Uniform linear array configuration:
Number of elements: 32
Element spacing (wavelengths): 0.25
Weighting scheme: blackman
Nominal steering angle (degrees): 0
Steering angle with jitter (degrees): -1.552
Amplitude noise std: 0.05
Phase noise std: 0.05

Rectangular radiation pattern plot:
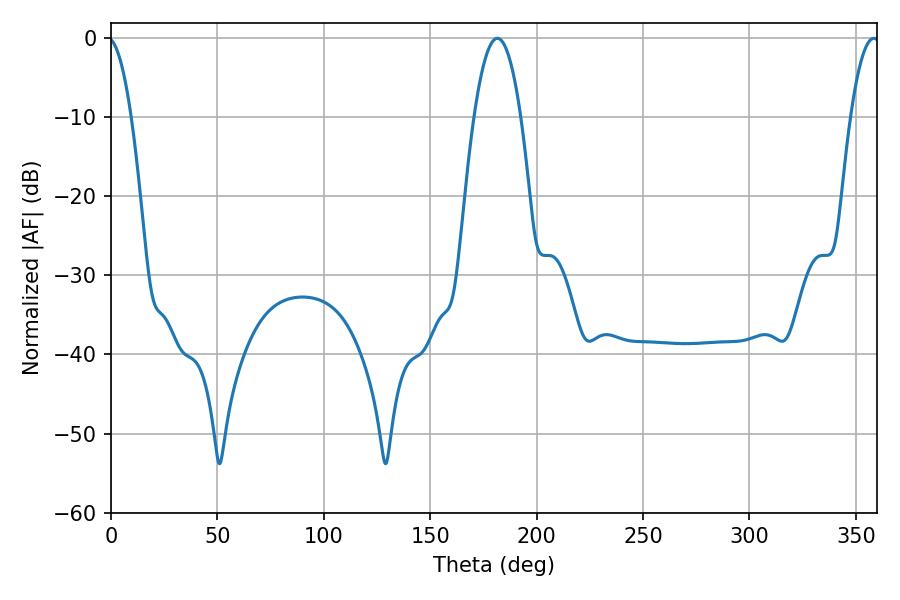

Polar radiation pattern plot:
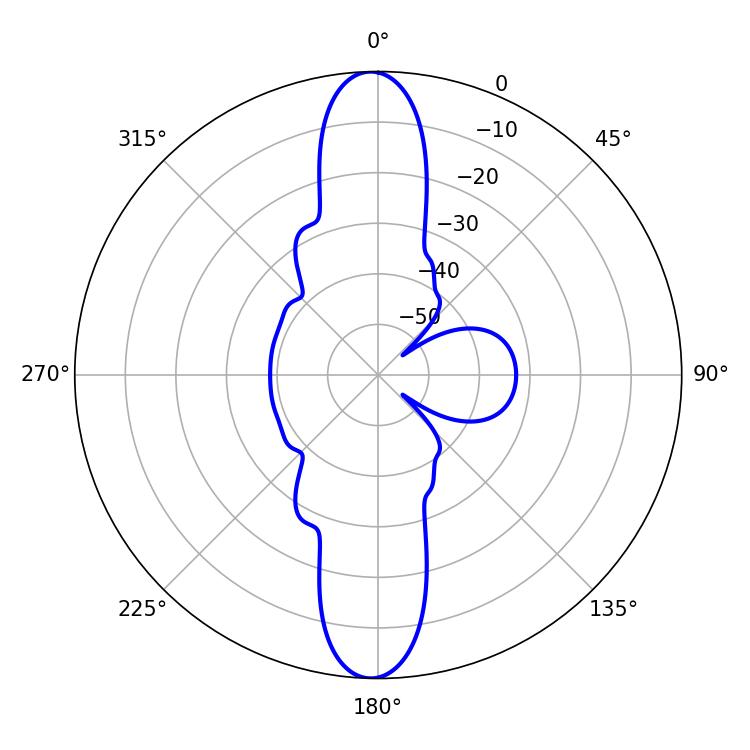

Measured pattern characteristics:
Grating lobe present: FALSE
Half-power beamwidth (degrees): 12.06
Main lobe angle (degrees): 181.62